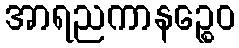
အာရညကာနဉ္စေဝ